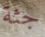
جثة